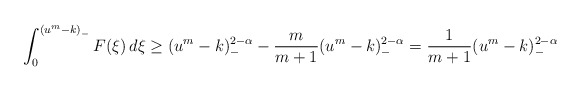
\begin{align*}\begin{aligned}\int_{0}^{\left(u^m-k\right)_-}F(\xi)\,d\xi&\geq (u^m-k)_-^{2-\alpha}-\frac{m}{m+1}(u^m-k)_-^{2-\alpha}=\frac{1}{m+1}(u^m-k)_-^{2-\alpha}\end{aligned}\end{align*}